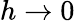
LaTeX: h\to 0